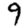
Digit: 9